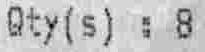
QTY(S) : 8